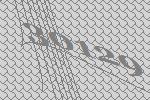
30129